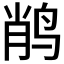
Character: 𲍸